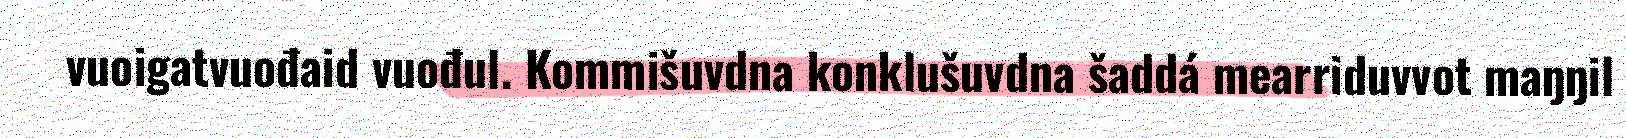
vuoigatvuođaid vuođul. Kommišuvdna konklušuvdna šaddá mearriduvvot maŋŋil